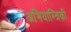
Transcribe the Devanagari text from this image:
अभियाम्त्रिकी